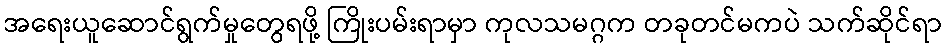
အရေးယူဆောင်ရွက်မှုတွေရဖို့ ကြိုးပမ်းရာမှာ ကုလသမဂ္ဂက တခုတင်မကပဲ သက်ဆိုင်ရာ